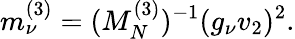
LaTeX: m_{\nu}^{(3)}=(M_{N}^{(3)})^{-1}(g_{\nu}v_{2})^{2}.